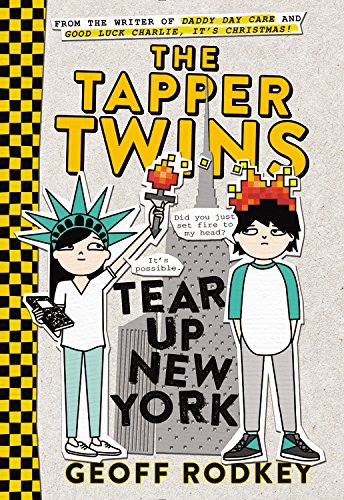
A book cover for The Tapper Twins Tear Up New York; Geoff Rodkey; Children's Books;